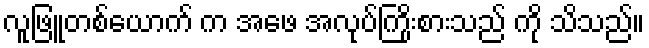
လူဖြူတစ်ယောက် က အဖေ အလုပ်ကြိုးစားသည် ကို သိသည်။